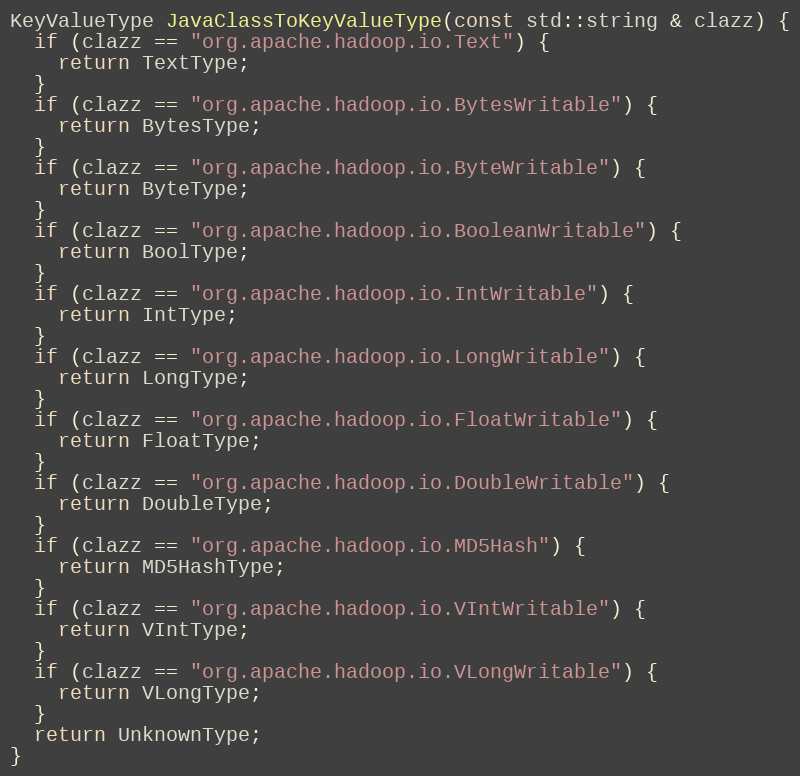
Language: C++
KeyValueType JavaClassToKeyValueType(const std::string & clazz) {
  if (clazz == "org.apache.hadoop.io.Text") {
    return TextType;
  }
  if (clazz == "org.apache.hadoop.io.BytesWritable") {
    return BytesType;
  }
  if (clazz == "org.apache.hadoop.io.ByteWritable") {
    return ByteType;
  }
  if (clazz == "org.apache.hadoop.io.BooleanWritable") {
    return BoolType;
  }
  if (clazz == "org.apache.hadoop.io.IntWritable") {
    return IntType;
  }
  if (clazz == "org.apache.hadoop.io.LongWritable") {
    return LongType;
  }
  if (clazz == "org.apache.hadoop.io.FloatWritable") {
    return FloatType;
  }
  if (clazz == "org.apache.hadoop.io.DoubleWritable") {
    return DoubleType;
  }
  if (clazz == "org.apache.hadoop.io.MD5Hash") {
    return MD5HashType;
  }
  if (clazz == "org.apache.hadoop.io.VIntWritable") {
    return VIntType;
  }
  if (clazz == "org.apache.hadoop.io.VLongWritable") {
    return VLongType;
  }
  return UnknownType;
}